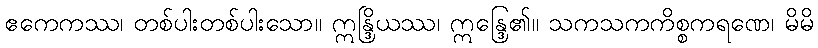
ဧကေကဿ၊ တစ်ပါးတစ်ပါးသော။ ဣန္ဒြိယဿ၊ ဣန္ဒြေ၏။ သကသကကိစ္စကရဏေ၊ မိမိ